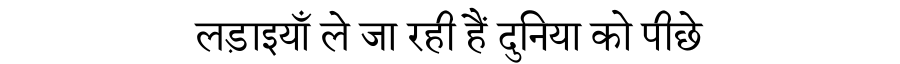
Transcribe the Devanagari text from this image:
लड़ाइयाँ ले जा रही हैं दुनिया को पीछे